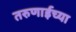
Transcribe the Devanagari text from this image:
तरुणाईच्या